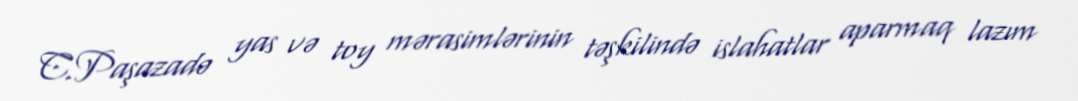
C.Paşazadə yas və toy mərasimlərinin təşkilində islahatlar aparmaq lazım